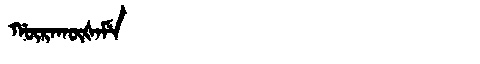
Manchu: ᡤᡡᡵᠠᡴᡡᡧᠠᠮᡝ
Romanization: GŪRAKŪŠAME